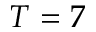
T = 7